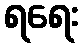
ရရေး